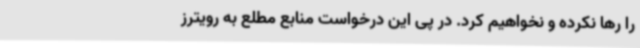
را رها نکرده و نخواهیم کرد. در پی این درخواست منابع مطلع به رویترز